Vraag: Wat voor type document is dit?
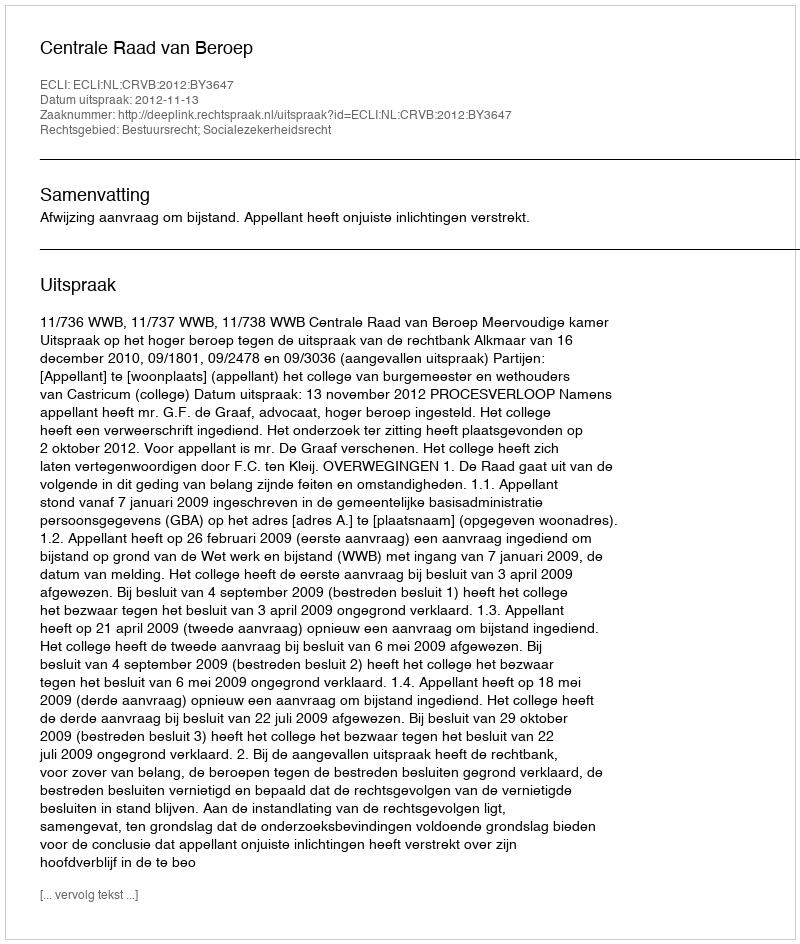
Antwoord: Uitspraak